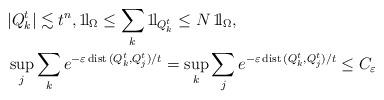
LaTeX: \begin{align*}&|Q_k^t|\lesssim t^n,1\!{\rm l}_{\Omega}\le \sum_k1\!{\rm l}_{Q_k^t}\le N\,1\!{\rm l}_{\Omega}, \\&\sup_j\sum_ke^{-\varepsilon\,{\rm dist}\,(Q_k^t,Q_j^t)/t}=\sup_k\sum_je^{-\varepsilon\,{\rm dist}\,(Q_k^t,Q_j^t)/t}\le C_\varepsilon\end{align*}